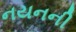
નયનની